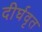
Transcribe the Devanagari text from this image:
दीर्घवृत